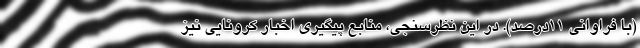
(با فراوانی ۱۱درصد). در این نظرسنجی، منابع پیگیری اخبار کرونایی نیز